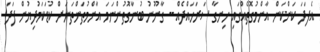
އެފަދަ ކަންކަން އާންމުގޮތެއްގައި ހިނގާ ސަރަހައްދެއް-- ގާނޫނު ބުނާގޮތުންނަމަ އާންމުތަންތަނަށް ކުޑަކަމުދިޔުން ފަދަ